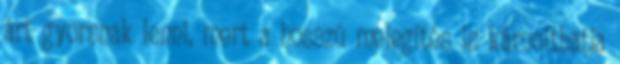
árt gyorsnak lenni, mert a hosszú melegítés is károsíthatja